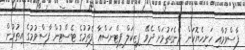
ފާސްވުމާއި ހަށިހެޔޮކަން ދެނެގަތުމަށް ދެވޭ ފިޒިކަލް ފިޓްނަސްއާ ފެތުމުގެ ޓެސްޓުން ފާސްވުމުގެ އިތުރުން